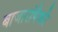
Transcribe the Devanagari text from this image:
बाजारांपैकी